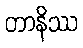
တာနိဿ